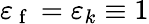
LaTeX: \varepsilon_{\mathrm{~f~}}=\varepsilon_{k}\equiv 1